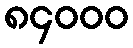
၈၄၀၀၀